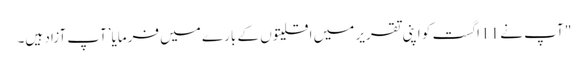
" آپ نے 11 اگست کو اپنی تقریر میں اقلیتوں کے بارے میں فرمایا’آپ آزاد ہیں۔